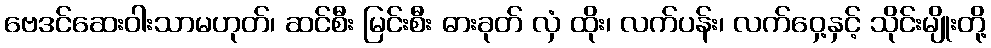
ဗေဒင်ဆေးဝါးသာမဟုတ်၊ ဆင်စီး မြင်းစီး ဓားခုတ် လှံ ထိုး၊ လက်ပန်း၊ လက်ဝှေ့နှင့် သိုင်းမျိုးတို့